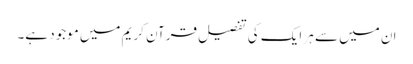
ان میں سے ہر ایک کی تفصیل قرآن کریم میں موجود ہے۔